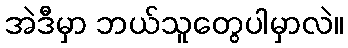
အဲဒီမှာ ဘယ်သူတွေပါမှာလဲ။